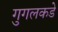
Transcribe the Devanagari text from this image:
गुगलकडे